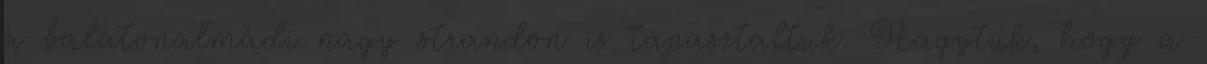
a balatonalmádi nagy strandon is tapasztaltuk. Hagytuk, hogy a